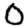
Digit: 0